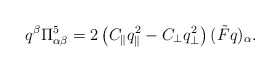
\begin{align*}q^{\beta}\Pi^5_{\alpha\beta}=2\left(C_{\parallel}q_{\parallel}^2-C_{\bot}q_{\bot}^2\right)(\tilde{F}q)_{\alpha} .\end{align*}